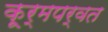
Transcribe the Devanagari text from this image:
कूर्मपर्वत